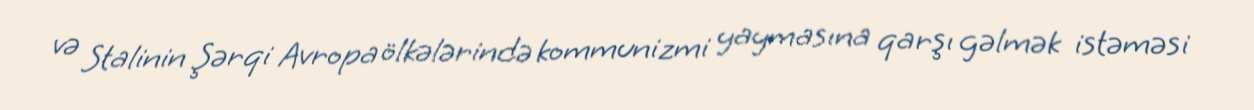
və Stalinin Şərqi Avropa ölkələrində kommunizmi yaymasına qarşı gəlmək istəməsi